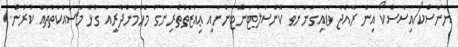
ޔުނެސްކޯ/އިސެސްކޯ އިން ރާއްޖެ ވަޑައިގަންނަވާ ކޮންސަލްޓަންޓުންނާއި ޢިއްޒަތްތެރިންގެ މެހެމާންދާރީއާ ގުޅޭ މަސައްކަތްތައް ކުރުން.